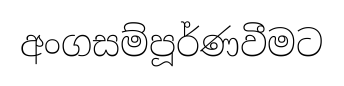
අංගසම්පූර්ණවීමට